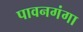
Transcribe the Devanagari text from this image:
पावनगंगा